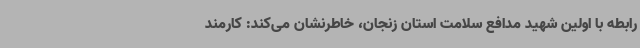
رابطه با اولین شهید مدافع سلامت استان زنجان، خاطرنشان می‌کند: کارمند